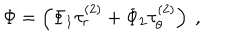
\Phi = \left( \Phi _ { 1 } \tau _ { r } ^ { ( 2 ) } + \Phi _ { 2 } \tau _ { \theta } ^ { ( 2 ) } \right) \ ,